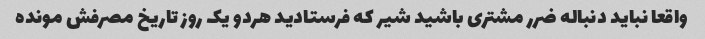
واقعا نباید دنباله ضرر مشتری باشید شیر که فرستادید هردو یک روز تاریخ مصرفش مونده